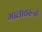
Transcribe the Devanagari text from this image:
मालावरून